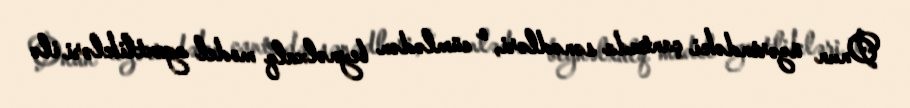
Onun üzərindəki çantada sənədləri, o cümlədən beynəlxalq model agentlikləri ilə